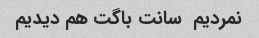
نمردیم  سانت باگت هم دیدیم